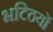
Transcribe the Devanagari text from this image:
भटिठयों